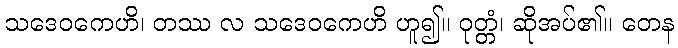
သဒေဝကေဟိ၊ တဿ လ သဒေဝကေဟိ ဟူ၍။ ဝုတ္တံ၊ ဆိုအပ်၏။ တေန